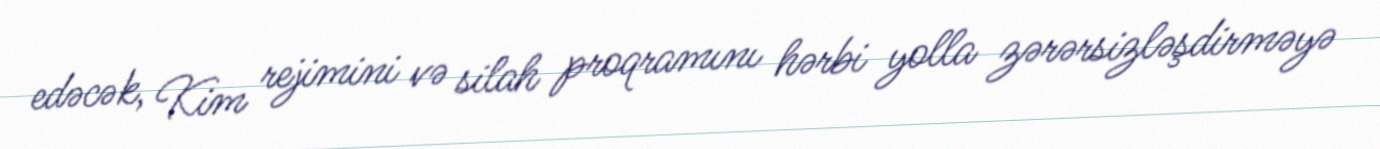
edəcək, Kim rejimini və silah proqramını hərbi yolla zərərsizləşdirməyə